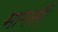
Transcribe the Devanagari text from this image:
मागसी